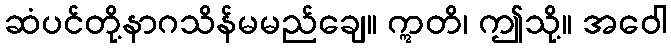
ဆံပင်တို့နာဂသိန်မမည်ချေ။ ဣတိ၊ ဤသို့။ အဝေါ